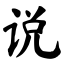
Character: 说